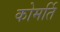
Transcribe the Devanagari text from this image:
कोमर्ति